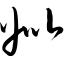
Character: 姒